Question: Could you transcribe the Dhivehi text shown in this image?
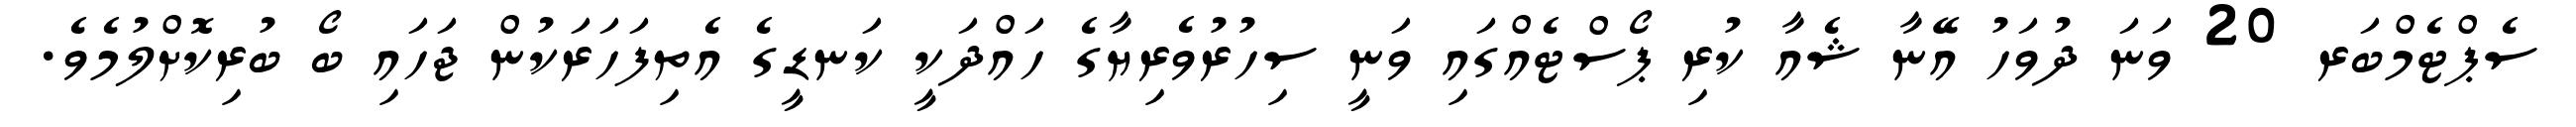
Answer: ސެޕްޓެމްބަރ 20 ވަނަ ދުވަހު އޭނާ ޝެއާ ކުރި ޕޯސްޓެއްގައި ވަނީ ސިހުރުވެރިޔާގެ ހައްދަކީ ކަނޑީގެ އެތިފަހަރަކުން ޖަހައި ބޯ ބުރިކޮށްލުމެވެ.